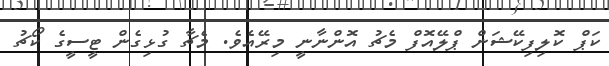
ކަޕް ކޮލިފިކޭޝަން ޕްލޭއޮފް މެޗު އޮންނާނީ މިރޭއެވެ. މެޗާ ގުޅިގެން ޓީސީގެ ކޯޗު